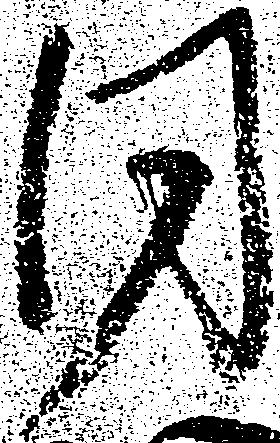
同